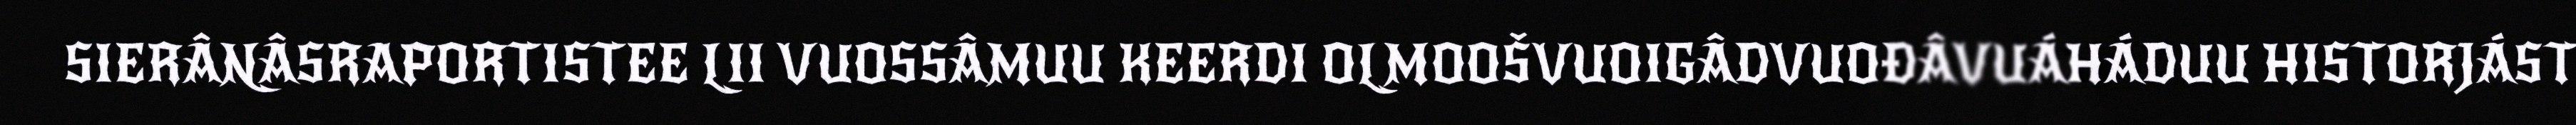
SIERÂNÂSRAPORTISTEE LII VUOSSÂMUU KEERDI OLMOOŠVUOIGÂDVUOĐÂVUÁHÁDUU HISTORJÁST